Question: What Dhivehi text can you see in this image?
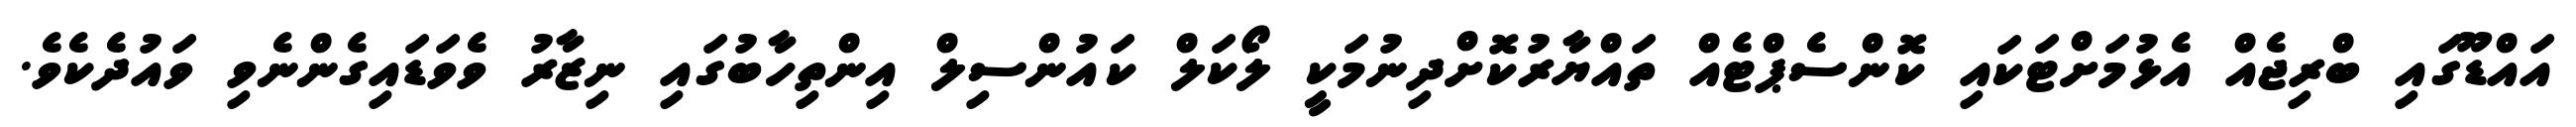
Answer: އައްޑޫގައި ބްރިޖެއް އެޅުމަށްޓަކައި ކޮންސެޕްޓެއް ތައްޔާރުކޮށްދިނުމަކީ ލޯކަލް ކައުންސިލް އިންތިހާބުގައި ނިޒާރު ވެވަޑައިގެންނެވި ވައުދެކެވެ.